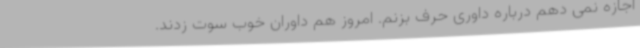
اجازه نمی دهم درباره داوری حرف بزنم. امروز هم داوران خوب سوت زدند.